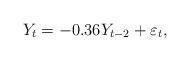
LaTeX: \begin{align*} Y_t = - 0.36 Y_{t-2} +\varepsilon_t,\end{align*}